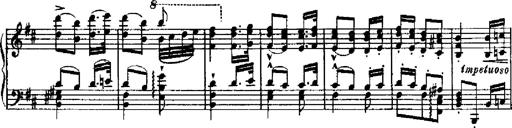
Title: RÃ©miniscences de Robert le diable
Composer: Franz Liszt